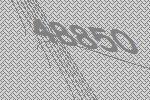
48850